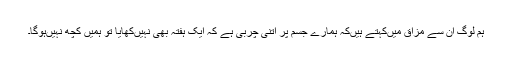
ہم لوگ ان سے مزاق میں‌کہتے ہیں‌کہ ہمارے جسم پر اتنی چربی ہے کہ ایک ہفتہ بھی نہیں‌کھایا تو ہمیں کچھ نہیں‌ہوگا۔